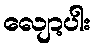
လျော့ပါး